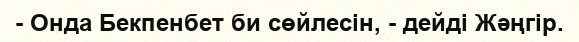
- Онда Бекпенбет би сөйлесін, - дейді Жәңгір.